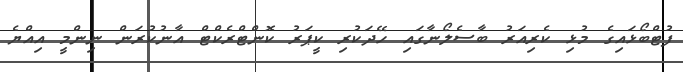
ފުޓްބޯޅައިގެ މުޅި ކެރިއަރު ބާސެލޯނާގައި ހޭދަކުރި ކީޕަރު ކޮންޓްރެކްޓް އާނުކުރަން ނިންމީ އިއްޔެ